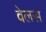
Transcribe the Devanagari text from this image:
वेलस